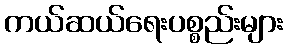
ကယ်ဆယ်ရေးပစ္စည်းများ